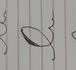
Signature authenticity: forged